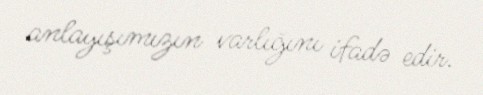
anlayışımızın varlığını ifadə edir.